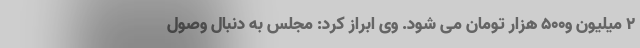
۲ میلیون و۵۰۰ هزار تومان می شود. وی ابراز کرد: مجلس به دنبال وصول